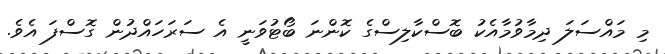
މި މައްސަލަ ދިމާވުމާއެކު ބޮސްކާލިސްގެ ކޮންނަ ބޯޓުވަނީ އެ ސަރަަހައްދުން ގޮސްފަ އެވެ.